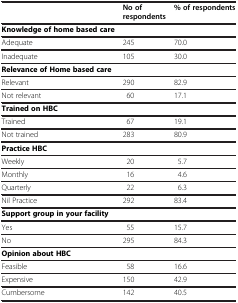
|  | No of respondents | % of respondents |
 | --- | --- | --- |
 | Knowledge of home based care |  |  |
 | Adequate | 245 | 70.0 |
 | Inadequate | 105 | 30.0 |
 | Relevance of Home based care |  |  |
 | Relevant | 290 | 82.9 |
 | Not relevant | 60 | 17.1 |
 | Trained on HBC |  |  |
 | Trained | 67 | 19.1 |
 | Not trained | 283 | 80.9 |
 | Practice HBC |  |  |
 | Weekly | 20 | 5.7 |
 | Monthly | 16 | 4.6 |
 | Quarterly | 22 | 6.3 |
 | Nil Practice | 292 | 83.4 |
 | Support group in your facility |  |  |
 | Yes | 55 | 15.7 |
 | No | 295 | 84.3 |
 | Opinion about HBC |  |  |
 | Feasible | 58 | 16.6 |
 | Expensive | 150 | 42.9 |
 | Cumbersome | 142 | 40.5 |